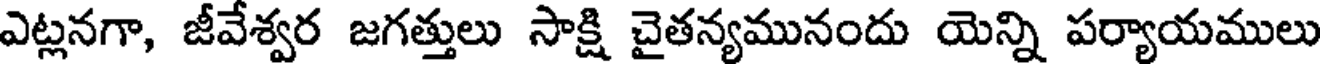
ఎట్లనగా, జీవేశ్వర జగత్తులు సాక్షి చైతన్యమునందు యెన్ని పర్యాయములు